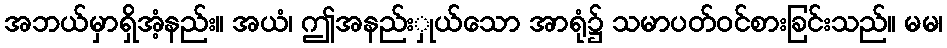
အဘယ်မှာရှိအံ့နည်း။ အယံ၊ ဤအနည်းှုယ်သော အာရုံ၌ သမာပတ်ဝင်စားခြင်းသည်။ မမ၊